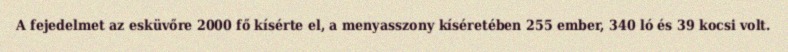
A fejedelmet az esküvőre 2000 fő kísérte el, a menyasszony kíséretében 255 ember, 340 ló és 39 kocsi volt.